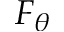
F _ { \theta }